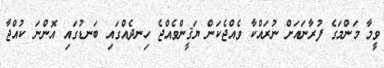
ވީމާ މަންމަގެ ފުރާނައަށް ނުރައްކާ ވެއްޖެކަން ޔަޤީންވެއްޖެ ހިނދެއްގައި ބަނޑުގައި އޮންނަ ކުއްޖާ